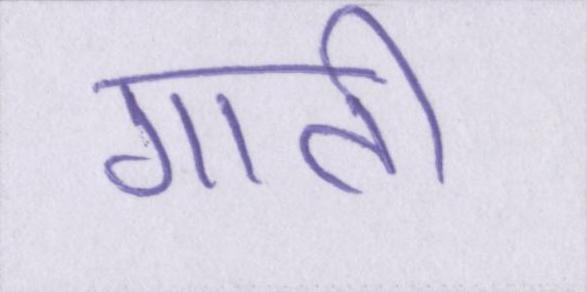
गाती